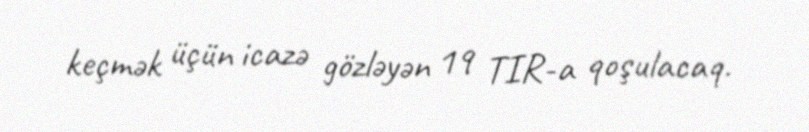
keçmək üçün icazə gözləyən 19 TIR-a qoşulacaq.